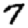
Digit: 7